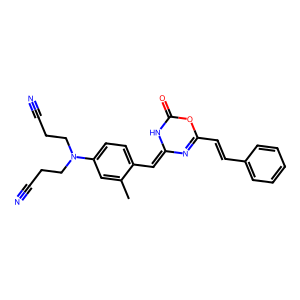
SMILES: Cc1cc(N(CCC#N)CCC#N)ccc1C=C1N=C(C=Cc2ccccc2)OC(=O)N1
Inhibits HIV replication: No